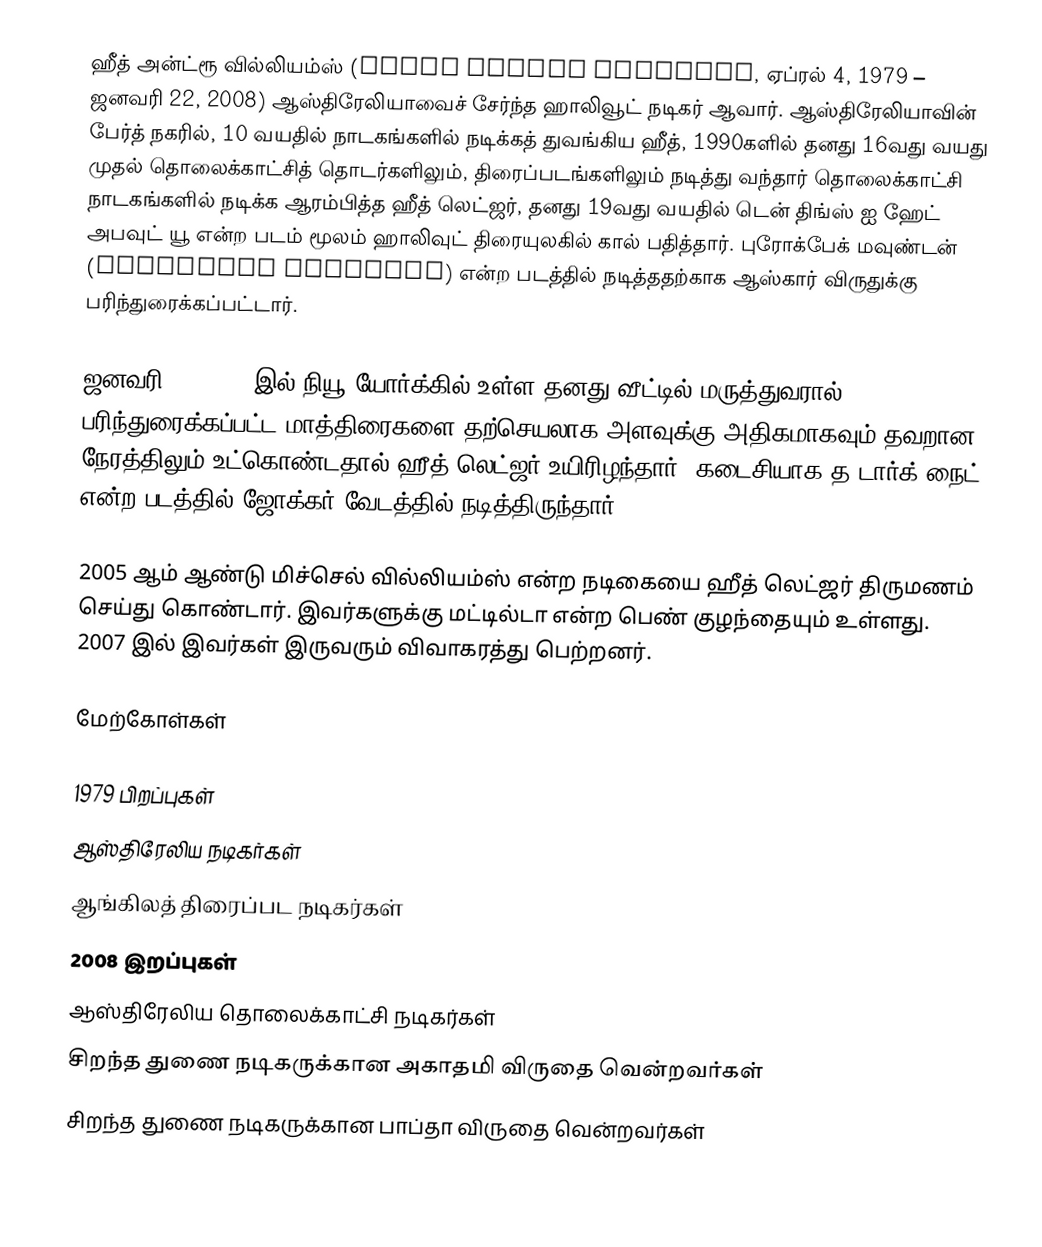
ஹீத் அன்ட்ரூ வில்லியம்ஸ் (Heath Andrew williams, ஏப்ரல் 4, 1979 – ஜனவரி 22, 2008) ஆஸ்திரேலியாவைச் சேர்ந்த ஹாலிவூட் நடிகர் ஆவார். ஆஸ்திரேலியாவின் பேர்த் நகரில், 10 வயதில் நாடகங்களில் நடிக்கத் துவங்கிய ஹீத், 1990களில் தனது 16வது வயது முதல் தொலைக்காட்சித் தொடர்களிலும், திரைப்படங்களிலும் நடித்து வந்தார் தொலைக்காட்சி நாடகங்களில் நடிக்க ஆரம்பித்த ஹீத் லெட்ஜர், தனது 19வது வயதில் டென் திங்ஸ் ஐ ஹேட் அபவுட் யூ என்ற படம் மூலம் ஹாலிவுட் திரையுலகில் கால் பதித்தார். புரோக்பேக் மவுண்டன் (Brokeback Mountain) என்ற படத்தில் நடித்ததற்காக ஆஸ்கார் விருதுக்கு பரிந்துரைக்கப்பட்டார்.

ஜனவரி 22, 2008 இல் நியூ யோர்க்கில் உள்ள தனது வீட்டில் மருத்துவரால் பரிந்துரைக்கப்பட்ட மாத்திரைகளை தற்செயலாக அளவுக்கு அதிகமாகவும் தவறான நேரத்திலும் உட்கொண்டதால் ஹீத் லெட்ஜர் உயிரிழந்தார். கடைசியாக த டார்க் நைட் என்ற படத்தில் ஜோக்கர் வேடத்தில் நடித்திருந்தார்.

2005 ஆம் ஆண்டு மிச்செல் வில்லியம்ஸ் என்ற நடிகையை ஹீத் லெட்ஜர் திருமணம் செய்து கொண்டார். இவர்களுக்கு மட்டில்டா என்ற பெண் குழந்தையும் உள்ளது. 2007 இல் இவர்கள் இருவரும் விவாகரத்து பெற்றனர்.

மேற்கோள்கள்

1979 பிறப்புகள்
ஆஸ்திரேலிய நடிகர்கள்
ஆங்கிலத் திரைப்பட நடிகர்கள்
2008 இறப்புகள்
ஆஸ்திரேலிய தொலைக்காட்சி நடிகர்கள்
சிறந்த துணை நடிகருக்கான அகாதமி விருதை வென்றவர்கள்
சிறந்த துணை நடிகருக்கான பாப்தா விருதை வென்றவர்கள்